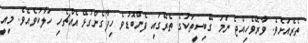
ތެރެއަށެވެ. ވާރޭވެހިއްޖެ ނަމަ ގޭބިސީތަކުގެ ތެރޭގައި ފެންބޮޑުވެ ހިފާގެންގުޅޭ އެއްޗެހި ހަލާކުވެއެވެ. މިއީ